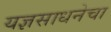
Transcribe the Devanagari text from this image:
यज्ञसाधनेचा